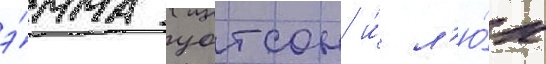
э́мма уотсон и́ л'ю́к